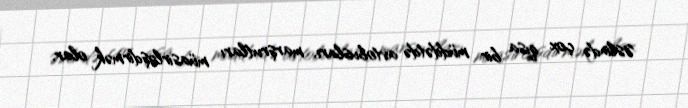
Əslində çox qısa bir müddətdə avtobusları, marşrutları müasirləşdirmək olar.